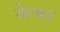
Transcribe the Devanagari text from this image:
वेल्का